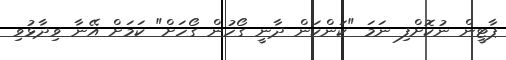
ޕާޓީން ނުކޮށްފި ނަމަ "ކަންކަން ދާނީ ގޯހުން ގޯހަށް" ކަމަށް އޭނާ ވިދާޅުވި